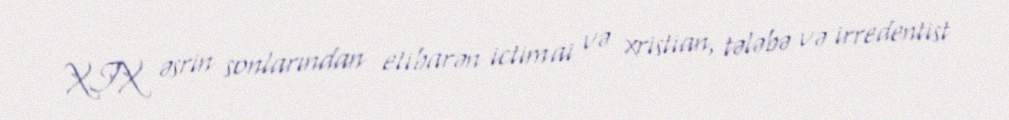
XIX əsrin sonlarından etibarən ictimai və xristian, tələbə və irredentist